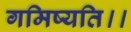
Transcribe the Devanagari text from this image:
गमिष्यति।।